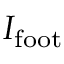
I _ { \mathrm { f o o t } }